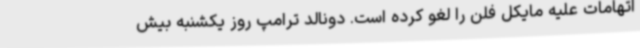
اتهامات علیه مایکل فلن را لغو کرده است. دونالد ترامپ روز یکشنبه بیش